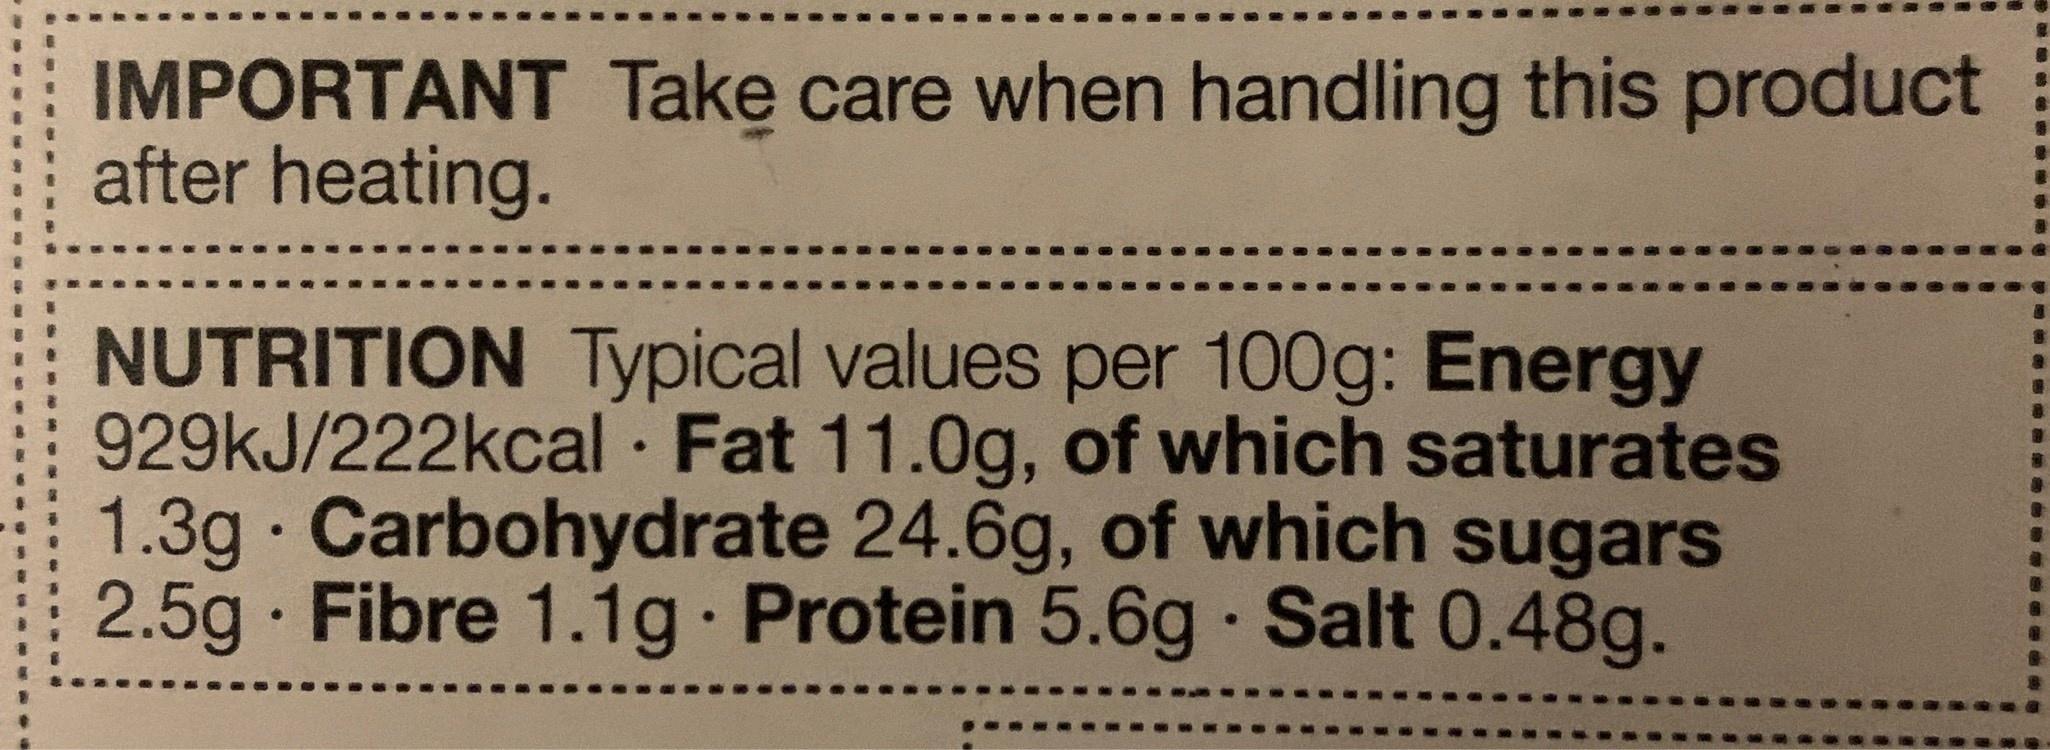
IMPORTANT Take care when handling this product after heating. NUTRITION Typical values per 100g: Energy 929kJ/222kcal · Fat 11.0g, of which saturates 1.3g Carbohydrate 24.6g, of which sugars 2.5g Fibre 1.1g Protein 5.6g · Salt 0.48g.